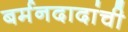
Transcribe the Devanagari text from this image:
बर्मनदादांची